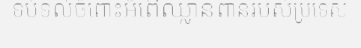
ទប់ទល់ចំពោះអំពើឈ្លានពានរបស់ប្រទេស